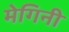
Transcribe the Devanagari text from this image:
मेगिनी